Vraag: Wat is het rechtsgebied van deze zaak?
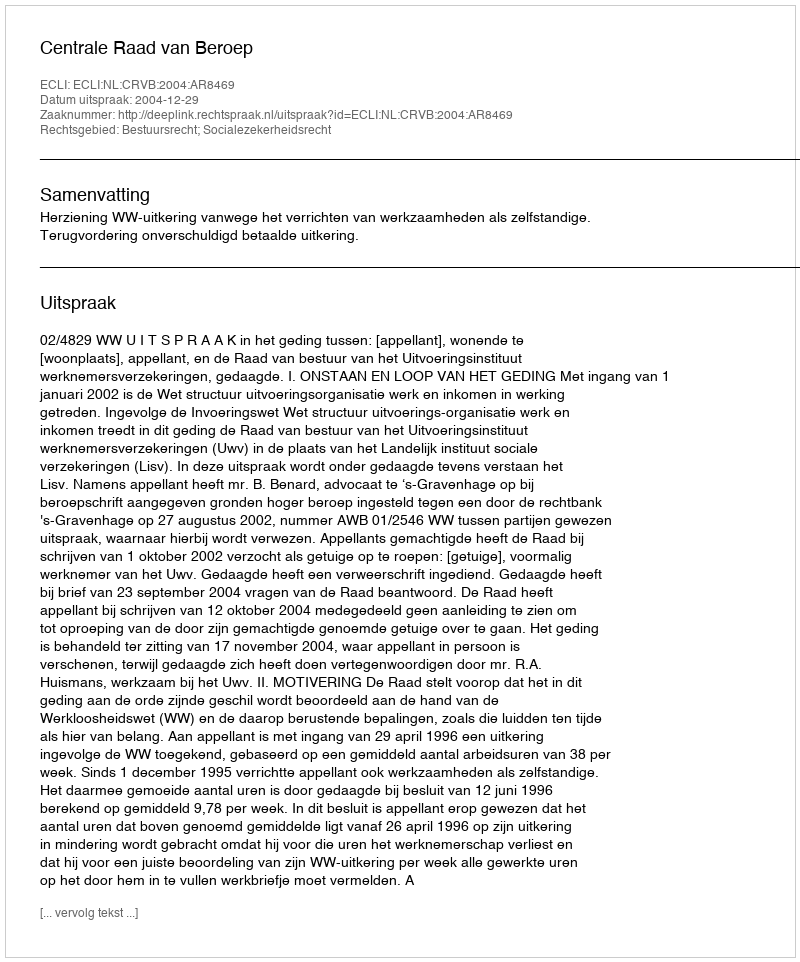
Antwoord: Bestuursrecht; Socialezekerheidsrecht